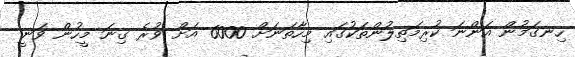
ހިނގަމުން އަންނަ ކުރިމަތިލުންތަކުގައި މިހާތަނަށް 6000 އަށް ވުރެ ގިނަ މީހުން ވަނީ